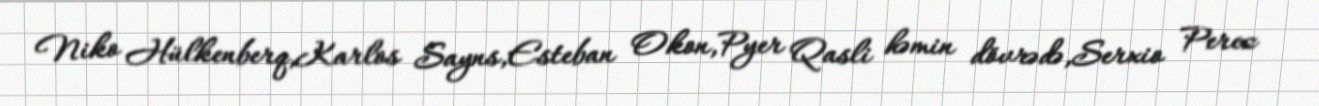
Niko Hülkenberq,Karlos Sayns,Esteban Okon,Pyer Qasli həmin dövrədə,Serxio Perez